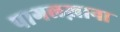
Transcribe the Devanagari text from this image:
पागलख़ाना